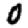
Digit: 0